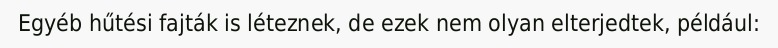
Egyéb hűtési fajták is léteznek, de ezek nem olyan elterjedtek, például: